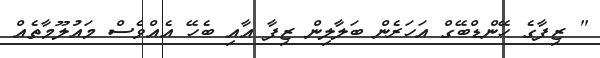
" ޒިފާގެ ހޭންޑްބޭގް އަހަރެން ބަލާލިން ޒިފާ އާއި ބެހޭ އެއްވެސް މައުލޫމާތެއް